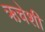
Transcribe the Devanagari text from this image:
ऋचेशी